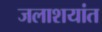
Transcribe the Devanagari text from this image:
जलाशयांत